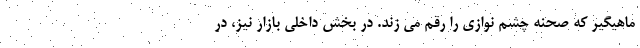
ماهیگیر که صحنه چشم نوازی را رقم می زند. در بخش داخلی بازار نیز، در